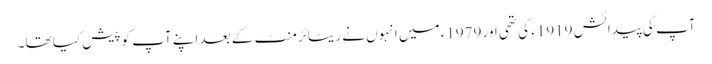
آپ کی پیدائش 1919ء کی تھی اور 1979ء میں انہوں نے ریٹائرمنٹ کے بعد اپنے آپ کوپیش کیا تھا۔